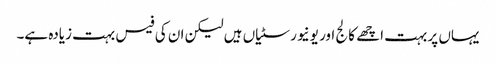
یہاں پر بہت اچھے کالج اور یونیورسٹیاں ہیں لیکن ان کی فیس بہت زیادہ ہے۔